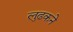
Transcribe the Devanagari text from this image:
लुढकने